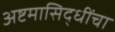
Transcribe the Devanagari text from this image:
अष्टमासिद्धींचा